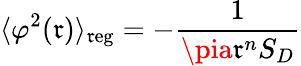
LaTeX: \langle\varphi^{2}(\mathfrak{r})\rangle_{\mathrm{{\mathfrak{r}eg}}}=-\frac{{1}}{{\pia\mathfrak{r}^{n}S_{D}}}